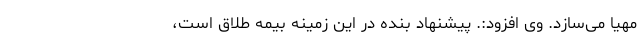
مهیا می‌سازد. وی افزود:. پیشنهاد بنده در این زمینه بیمه طلاق است،